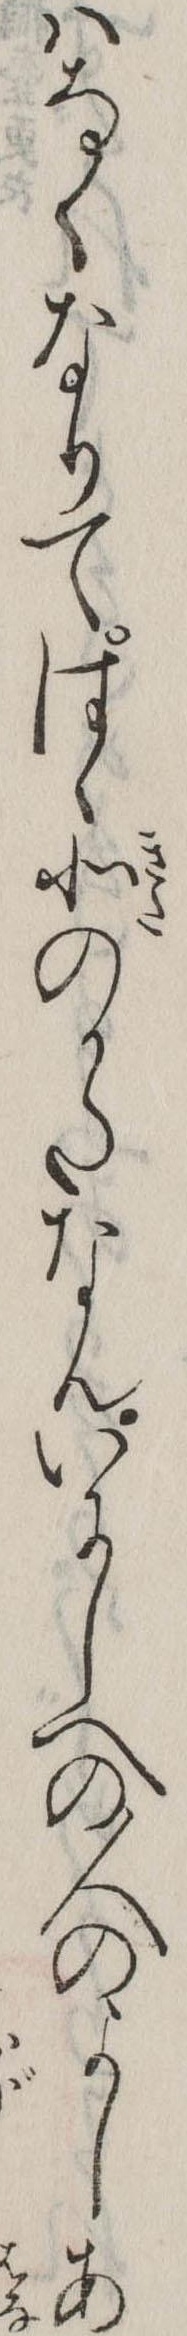
はなくなりてはゝ北のかたなんいにしへの人のよしあ